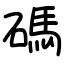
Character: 碼